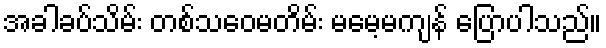
အခါခပ်သိမ်း တစ်သဝေမတိမ်း မမေ့မကျန် ပြောပါသည်။